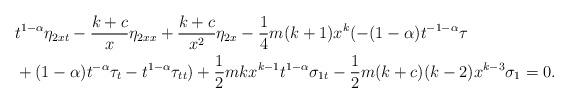
LaTeX: \begin{align*}&t^{1-\alpha}\eta_{2xt}-\frac{k+c}{x}\eta_{2xx}+\frac{k+c}{x^2}\eta_{2x}-\frac14m(k+1)x^k(-(1-\alpha)t^{-1-\alpha}\tau\\&+(1-\alpha)t^{-\alpha}\tau_t-t^{1-\alpha}\tau_{tt})+\frac12mkx^{k-1}t^{1-\alpha}\sigma_{1t}-\frac12m(k+c)(k-2)x^{k-3}\sigma_1=0.\end{align*}